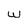
Character: w